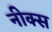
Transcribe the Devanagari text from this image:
नीक्स